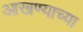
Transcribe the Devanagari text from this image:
आखण्याच्या